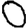
Digit: 0